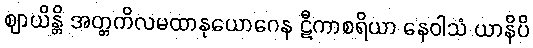
ဈာယိန္တိ အတ္တကိလမထာနုယောဂေန ဋီကာစရိယာ နေဝါသံ ယာနိပိ